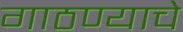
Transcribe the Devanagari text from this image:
गाठण्याचे